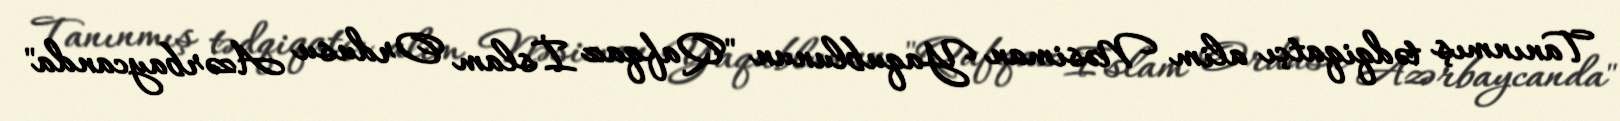
Tanınmış tədqiqatçı alim Nəsiman Yaqublunun "Qafqaz İslam Ordusu Azərbaycanda"